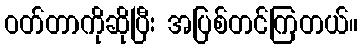
ဝတ်တာကိုဆိုပြီး အပြစ်တင်ကြတယ်။